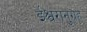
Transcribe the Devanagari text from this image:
ईश्वरानुग्रह